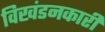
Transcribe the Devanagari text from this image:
विखंडनकारी